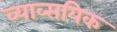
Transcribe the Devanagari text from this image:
व्याव्सयिक